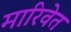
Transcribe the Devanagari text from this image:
मारिवेत